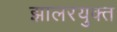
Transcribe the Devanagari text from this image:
झालरयुक्त